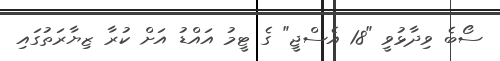
ސޯބެ ވިދާޅުވީ "18 އެސްޖީ" ގެ ޓީމު އައްޑު އަށް ކުރާ ޒިޔާރަތުގައި